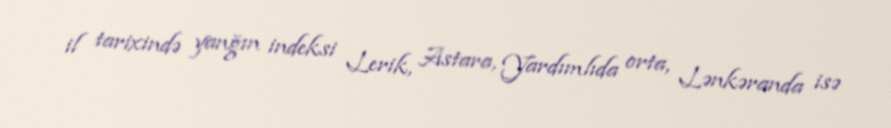
il tarixində yanğın indeksi Lerik, Astara, Yardımlıda orta, Lənkəranda isə